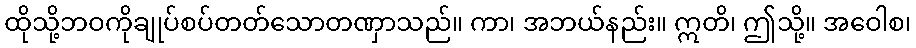
ထိုသို့ဘဝကိုချုပ်စပ်တတ်သောတဏှာသည်။ ကာ၊ အဘယ်နည်း။ ဣတိ၊ ဤသို့။ အဝေါစ၊